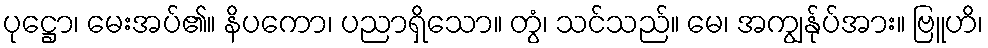
ပုဋ္ဌော၊ မေးအပ်၏။ နိပကော၊ ပညာရှိသော။ တွံ၊ သင်သည်။ မေ၊ အကျွန်ုပ်အား။ ဗြူဟိ၊